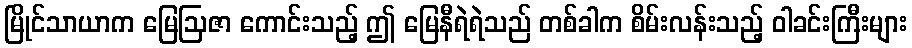
မြိုင်သာယာက မြေဩဇာ ကောင်းသည့် ဤ မြေနီရဲရဲသည် တစ်ခါက စိမ်းလန်းသည့် ဝါခင်းကြီးများ